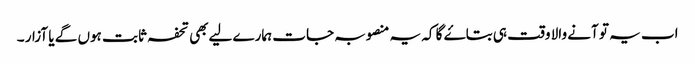
اب یہ تو آنے والا وقت ہی بتاۓ گا کہ یہ منصوبہ جات ہمارے لیےبھی تحفہ ثابت ہوں گے یا آزار ۔